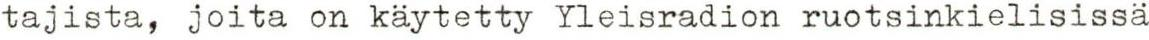
tajista, joita on käytetty Yleisradion ruotsinkielisissä